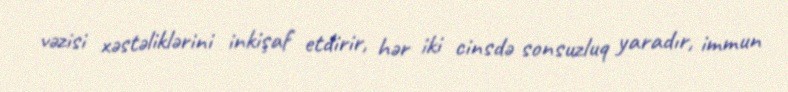
vəzisi xəstəliklərini inkişaf etdirir, hər iki cinsdə sonsuzluq yaradır, immun